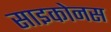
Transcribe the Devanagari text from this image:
साइकोनस